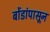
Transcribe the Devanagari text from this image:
बोंडांपासून